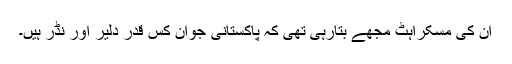
ان کی مسکراہٹ مجھے بتارہی تھی کہ پاکستانی جوان کس قدر دلیر اور نڈر ہیں۔